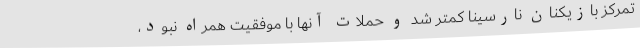
تمرکز بازیکنان نارسینا کمتر شد و حملات آنها با موفقیت همراه نبود،